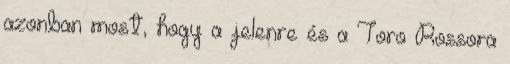
azonban most, hogy a jelenre és a Toro Rossora